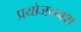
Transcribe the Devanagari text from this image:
प्रयोजनवश